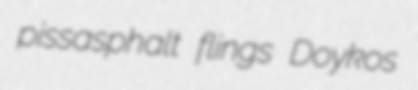
pissasphalt flings Doykos